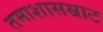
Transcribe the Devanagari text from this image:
तमाशासम्राट